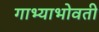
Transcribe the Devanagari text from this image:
गाभ्याभोवती